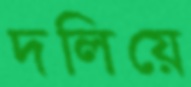
দলিয়ে